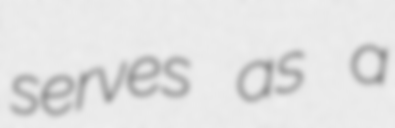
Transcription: serves as a